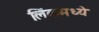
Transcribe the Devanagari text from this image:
लिंकमध्ये